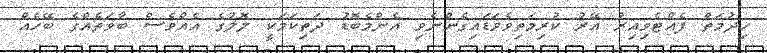
ހިދުމަތް ފެއްޓެވިއިރު އޭރު ކުރިމަތިވެވަޑައިގެންނެވި އެންމެބޮޑު ދަތިކަމަކީ ލޮލުގެ އެއްވެސް ބާވަތެއްގެ ބޭހެއް